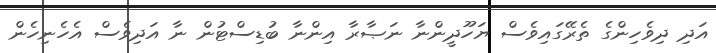
އަދި ދިވެހިންގެ ތެރޭގައިވެސް ޔަހޫދީންނާ ނަޞާރާ އިންނާ ބުޑިސްޓުން ނާ އަދިވެސް އެހެނިހެން